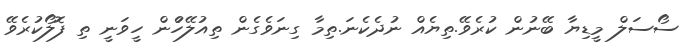
ސޯސަލް މީޑިޔާ ބޭނުން ކުރެވޭ.ތިޔެއް ނުދެކެނަ.ތިމާ ގިނަވެގެން ތިއުލޭހުެން ހީވަނީ ތި ފޮލޯކުރެވޭ